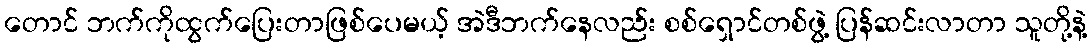
တောင် ဘက်ကိုထွက်ပြေးတာဖြစ်ပေမယ့် အဲဒီဘက်နေလည်း စစ်ရှောင်တစ်ဖွဲ့ ပြန်ဆင်းလာတာ သူတို့နဲ့